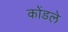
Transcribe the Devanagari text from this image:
कोंडले